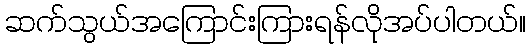
ဆက်သွယ်အကြောင်းကြားရန်လိုအပ်ပါတယ်။